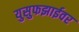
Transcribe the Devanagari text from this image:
युसुफझाईवर